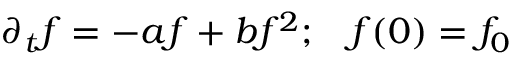
\partial _ { t } f = - a f + b f ^ { 2 } ; \; \; \; f ( 0 ) = f _ { 0 }